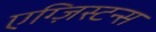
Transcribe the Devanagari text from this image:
एग्ज़िस्टन्स